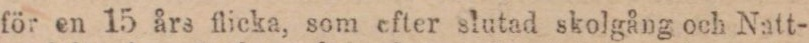
för en 15 års flicka, som efter slutad skolgång och Natt-